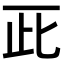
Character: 𠀢